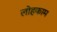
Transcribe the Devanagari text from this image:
लोहकाम